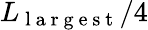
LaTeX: L_{\mathrm{~l~a~r~g~e~s~t~}}/4